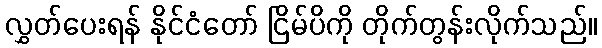
လွှတ်ပေးရန် နိုင်ငံတော် ငြိမ်ပိကို တိုက်တွန်းလိုက်သည်။